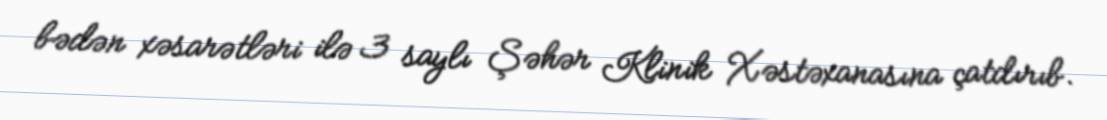
bədən xəsarətləri ilə 3 saylı Şəhər Klinik Xəstəxanasına çatdırıb.